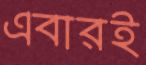
এবারই